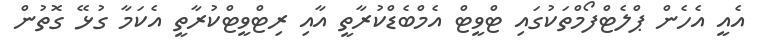
އެއީ އެހެން ޕްލެޓްފޯމްތަކުގައި ޓްވީޓް އެމްބެޑްކުރާތީ އާއި ރިޓްވީޓްކުރާތީ އެކަމާ ގުޅޭ ގޮތުން